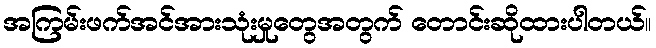
အကြမ်းဖက်အင်အားသုံးမှုတွေအတွက် တောင်းဆိုထားပါတယ်။